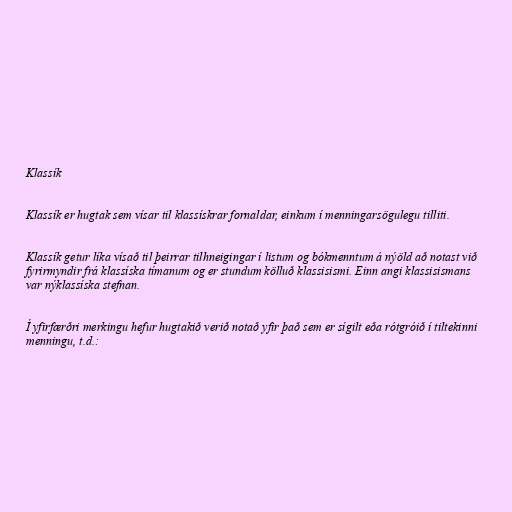
Klassík

Klassík er hugtak sem vísar til klassískrar fornaldar, einkum í menningarsögulegu tilliti.

Klassík getur líka vísað til þeirrar tilhneigingar í listum og bókmenntum á nýöld að notast við
fyrirmyndir frá klassíska tímanum og er stundum kölluð klassisismi. Einn angi klassisismans
var nýklassíska stefnan.

Í yfirfærðri merkingu hefur hugtakið verið notað yfir það sem er sígilt eða rótgróið í tiltekinni
menningu, t.d.: